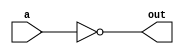
`timescale 1ns / 1ps
//////////////////////////////////////////////////////////////////////////////////
// Company: 
// Engineer: 
// 
// Design Name: 
// Module Name:    inv 
// Project Name: 
// Target Devices: 
// Tool versions: 
// Description: 
//
// Dependencies: 
//
// Revision: 
// Revision 0.01 - File Created
// Additional Comments: 
//
//////////////////////////////////////////////////////////////////////////////////
module inv(
    input a,
    output out
    );
assign out = ~a;

endmodule